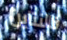
فالنتاين